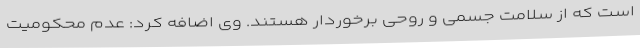
است که از سلامت جسمی و روحی برخوردار هستند. وی اضافه کرد: عدم محکومیت